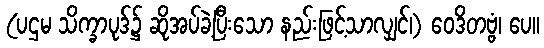
(ပဌမ သိက္ခာပုဒ်၌ ဆိုအပ်ခဲ့ပြီးသော နည်းဖြင့်သာလျှင်၊) ဝေဒိတဗ္ဗံ၊ ပေ။